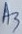
Text: A3